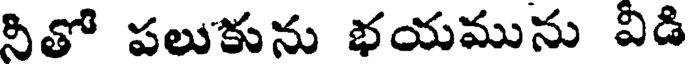
నితో పలుకును భయమును వీడి